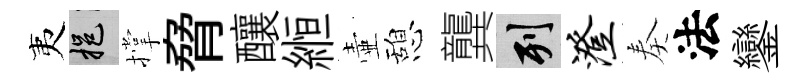
夷挹撑脅釀縆壷憩龔列澄奏法鑾